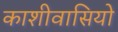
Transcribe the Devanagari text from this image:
काशीवासियो